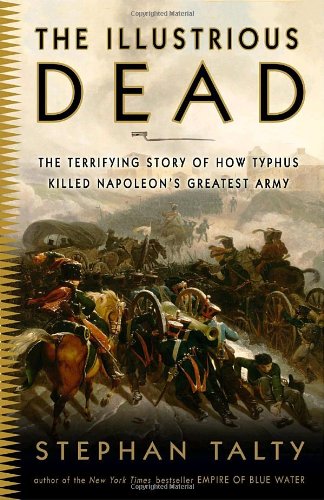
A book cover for The Illustrious Dead: The Terrifying Story of How Typhus Killed Napoleon's Greatest Army; Stephan Talty; History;